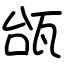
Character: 瓵